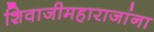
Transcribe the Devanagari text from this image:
शिवाजीमहाराजांना